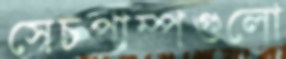
সেচপাম্পগুলো